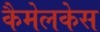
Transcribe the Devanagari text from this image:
कैमेलकेस